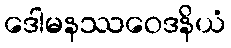
ဒေါမနဿဝေဒနိယံ